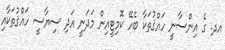
އދ. ގެ އިންސާނީ ހައްޤުތަކާ ބެހޭ ކޮމިޓީއިން މަދަނީ އަދި ސިޔާސީ ހައްޤުތަކާއި